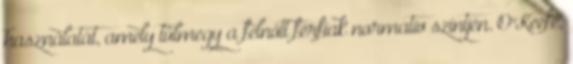
használatát, amely túlmegy a felnőtt férfiak normatív szintjén. O'Keefe,